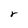
Character: r